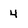
Character: 4